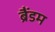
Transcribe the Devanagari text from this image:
ब्रैंडम